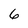
Character: 6